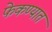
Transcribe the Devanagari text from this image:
फेकण्यात